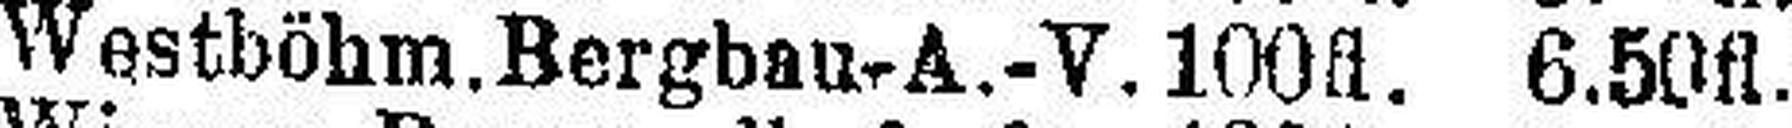
Westböhm. Bergbau-A.-V. 100fl. 6.50fl.